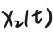
$\chi _{2}(t)$